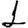
Digit: 1